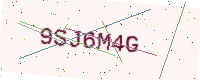
Text: 9SJ6M4G